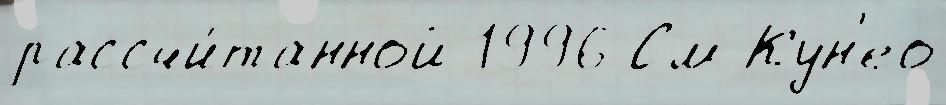
рассчи́танной 1996 См Кун'ео